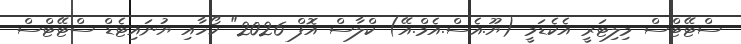
ސްޓޭޓްސް މިލިޓަރީ އެކެޑަމީ (ޔޫ.އެސް.އެމް.އޭ) ކްލާސް އޮފް 2026" ކޯހާއި ޔުނައިޓެޑް ސްޓޭޓްސް